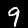
Digit: 9